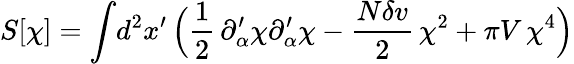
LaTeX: S[\chi]=\int\! d^{2}x^{\prime}\, \Bigl({\frac{1}{2}}\, \partial_{\alpha}^{\prime}\chi\partial_{\alpha}^{\prime}\chi-{\frac{N\delta v}{2}}\, \chi^{2}+\pi V\, \chi^{4}\Bigr)